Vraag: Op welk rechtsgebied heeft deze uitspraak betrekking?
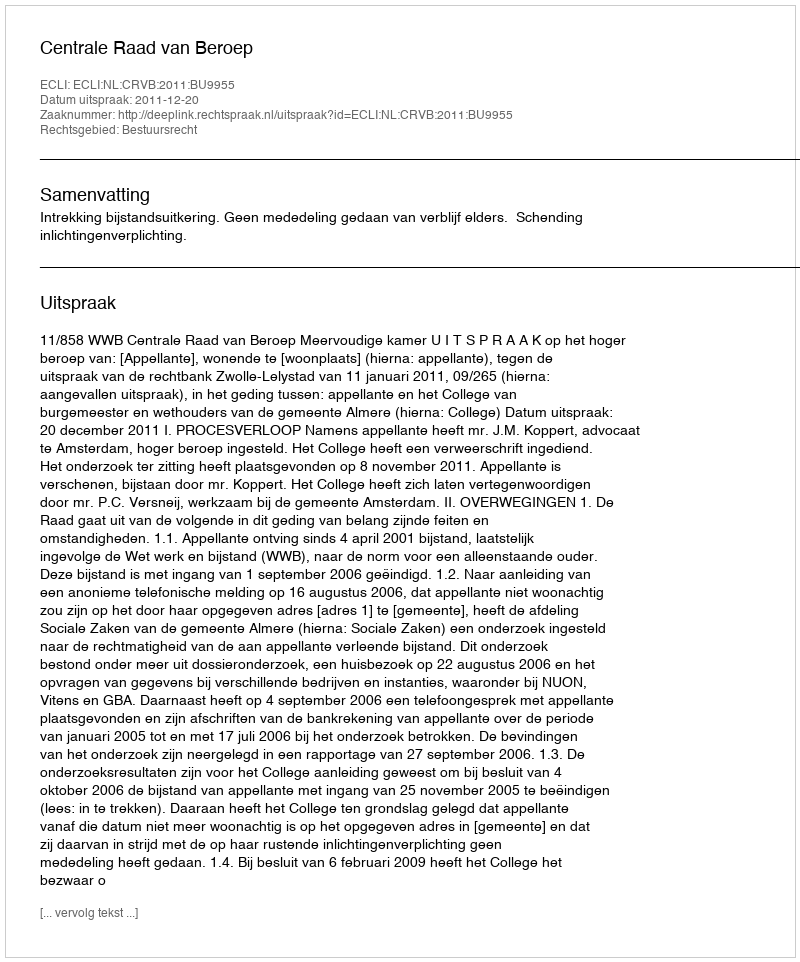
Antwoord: Bestuursrecht